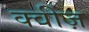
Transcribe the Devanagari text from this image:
क्वींज़